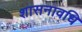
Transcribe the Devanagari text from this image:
शासनावधि